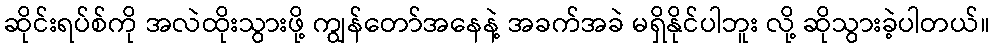
ဆိုင်းရပ်စ်ကို အလဲထိုးသွားဖို့ ကျွန်တော်အနေနဲ့ အခက်အခဲ မရှိနိုင်ပါဘူး လို့ ဆိုသွားခဲ့ပါတယ်။